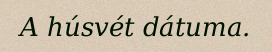
A húsvét dátuma.